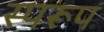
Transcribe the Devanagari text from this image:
स्परूप